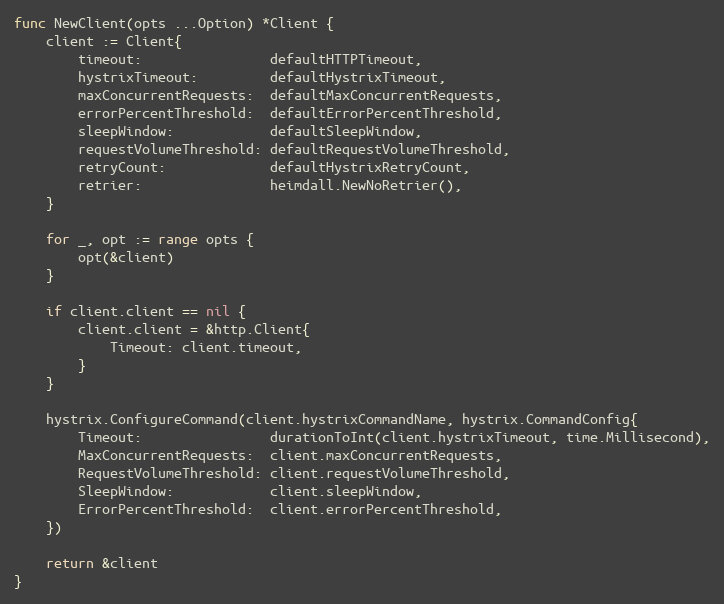
Language: Go
func NewClient(opts ...Option) *Client {
	client := Client{
		timeout:                defaultHTTPTimeout,
		hystrixTimeout:         defaultHystrixTimeout,
		maxConcurrentRequests:  defaultMaxConcurrentRequests,
		errorPercentThreshold:  defaultErrorPercentThreshold,
		sleepWindow:            defaultSleepWindow,
		requestVolumeThreshold: defaultRequestVolumeThreshold,
		retryCount:             defaultHystrixRetryCount,
		retrier:                heimdall.NewNoRetrier(),
	}

	for _, opt := range opts {
		opt(&client)
	}

	if client.client == nil {
		client.client = &http.Client{
			Timeout: client.timeout,
		}
	}

	hystrix.ConfigureCommand(client.hystrixCommandName, hystrix.CommandConfig{
		Timeout:                durationToInt(client.hystrixTimeout, time.Millisecond),
		MaxConcurrentRequests:  client.maxConcurrentRequests,
		RequestVolumeThreshold: client.requestVolumeThreshold,
		SleepWindow:            client.sleepWindow,
		ErrorPercentThreshold:  client.errorPercentThreshold,
	})

	return &client
}